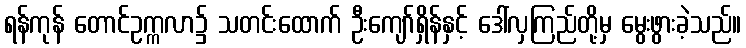
ရန်ကုန် တောင်ဥက္ကလာ၌ သတင်းထောက် ဦးကျော်ရှိန်နှင့် ဒေါ်လှကြည်တို့မှ မွေးဖွားခဲ့သည်။